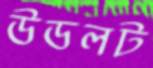
উডলট